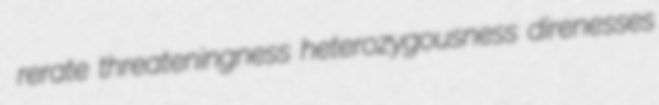
rerate threateningness heterozygousness direnesses